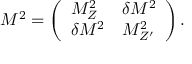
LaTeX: M ^ { 2 } = \left( \begin{array} { l l } { { M _ { Z } ^ { 2 } } } & { { \delta M ^ { 2 } } } \\ { { \delta M ^ { 2 } } } & { { M _ { Z ^ { \prime } } ^ { 2 } } } \end{array} \right) .